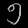
Digit: ၅